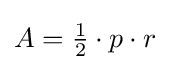
A={\tfrac {1}{2}}\cdot p\cdot r